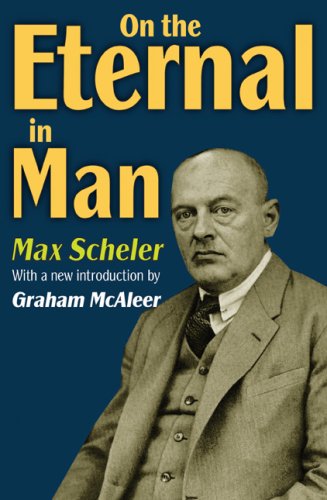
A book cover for On the Eternal in Man; Max Scheler; Medical Books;